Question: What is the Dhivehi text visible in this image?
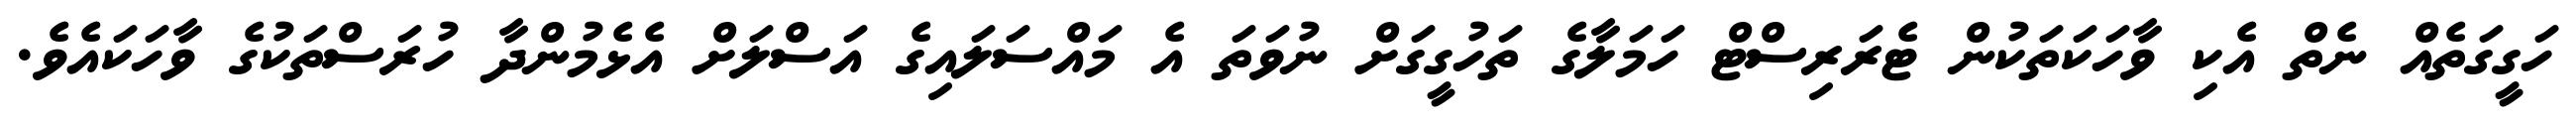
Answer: ހަގީގަތެއް ނެތް އެކި ވާހަކަތަކުން ޓެރަރިސްޓް ހަމަލާގެ ތަހުގީގަށް ނުވަތަ އެ މައްސަލައިގެ އަސްލަށް އެޅެމުންދާ ހުރަސްތަކުގެ ވާހަކައެވެ.